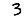
Digit: 3